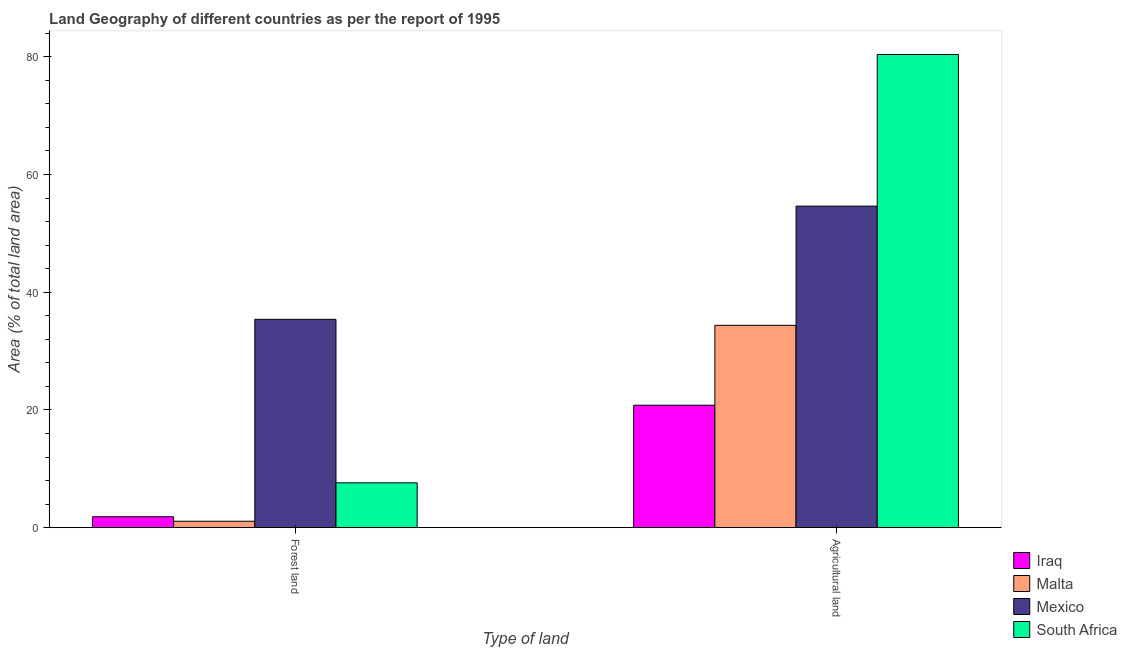
| Type of land | Iraq | Malta | Mexico | South Africa |
 | --- | --- | --- | --- | --- |
 | Forest land | 1.85 | 1.09 | 35.4 | 7.62 |
 | Agricultural land | 20.8 | 34.4 | 54.6 | 80.4 |